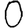
Digit: 0